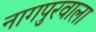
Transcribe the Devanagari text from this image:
नागपुरवाला